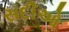
સદીઓ